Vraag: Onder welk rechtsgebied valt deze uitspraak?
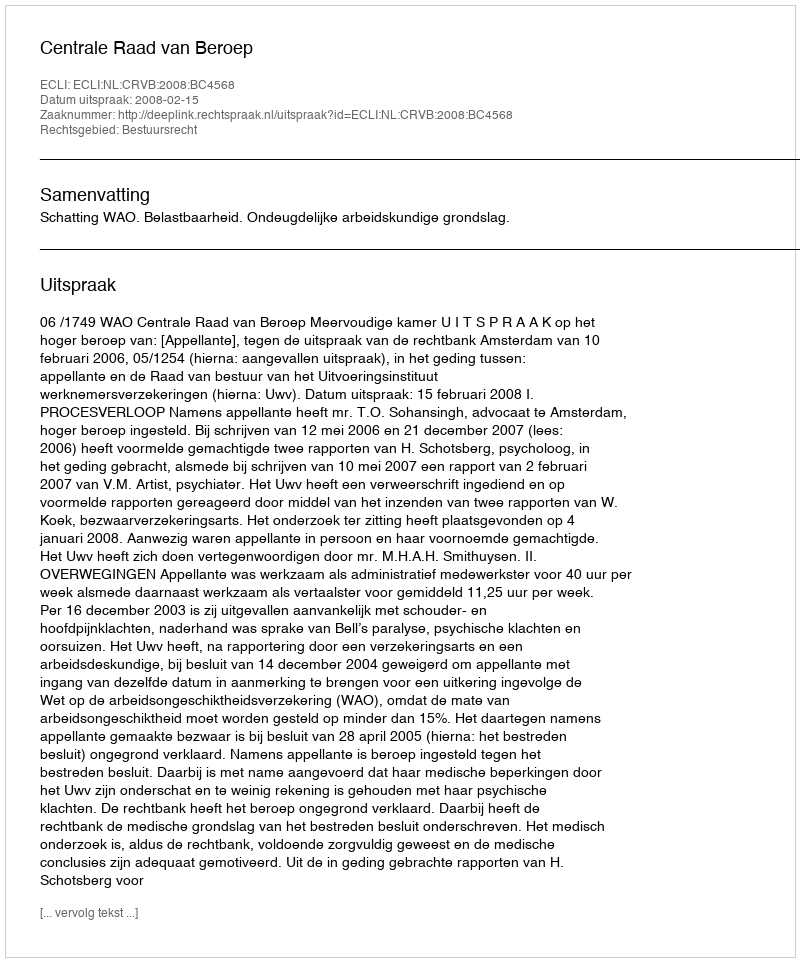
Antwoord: Bestuursrecht